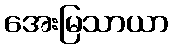
အေးမြသာယာ